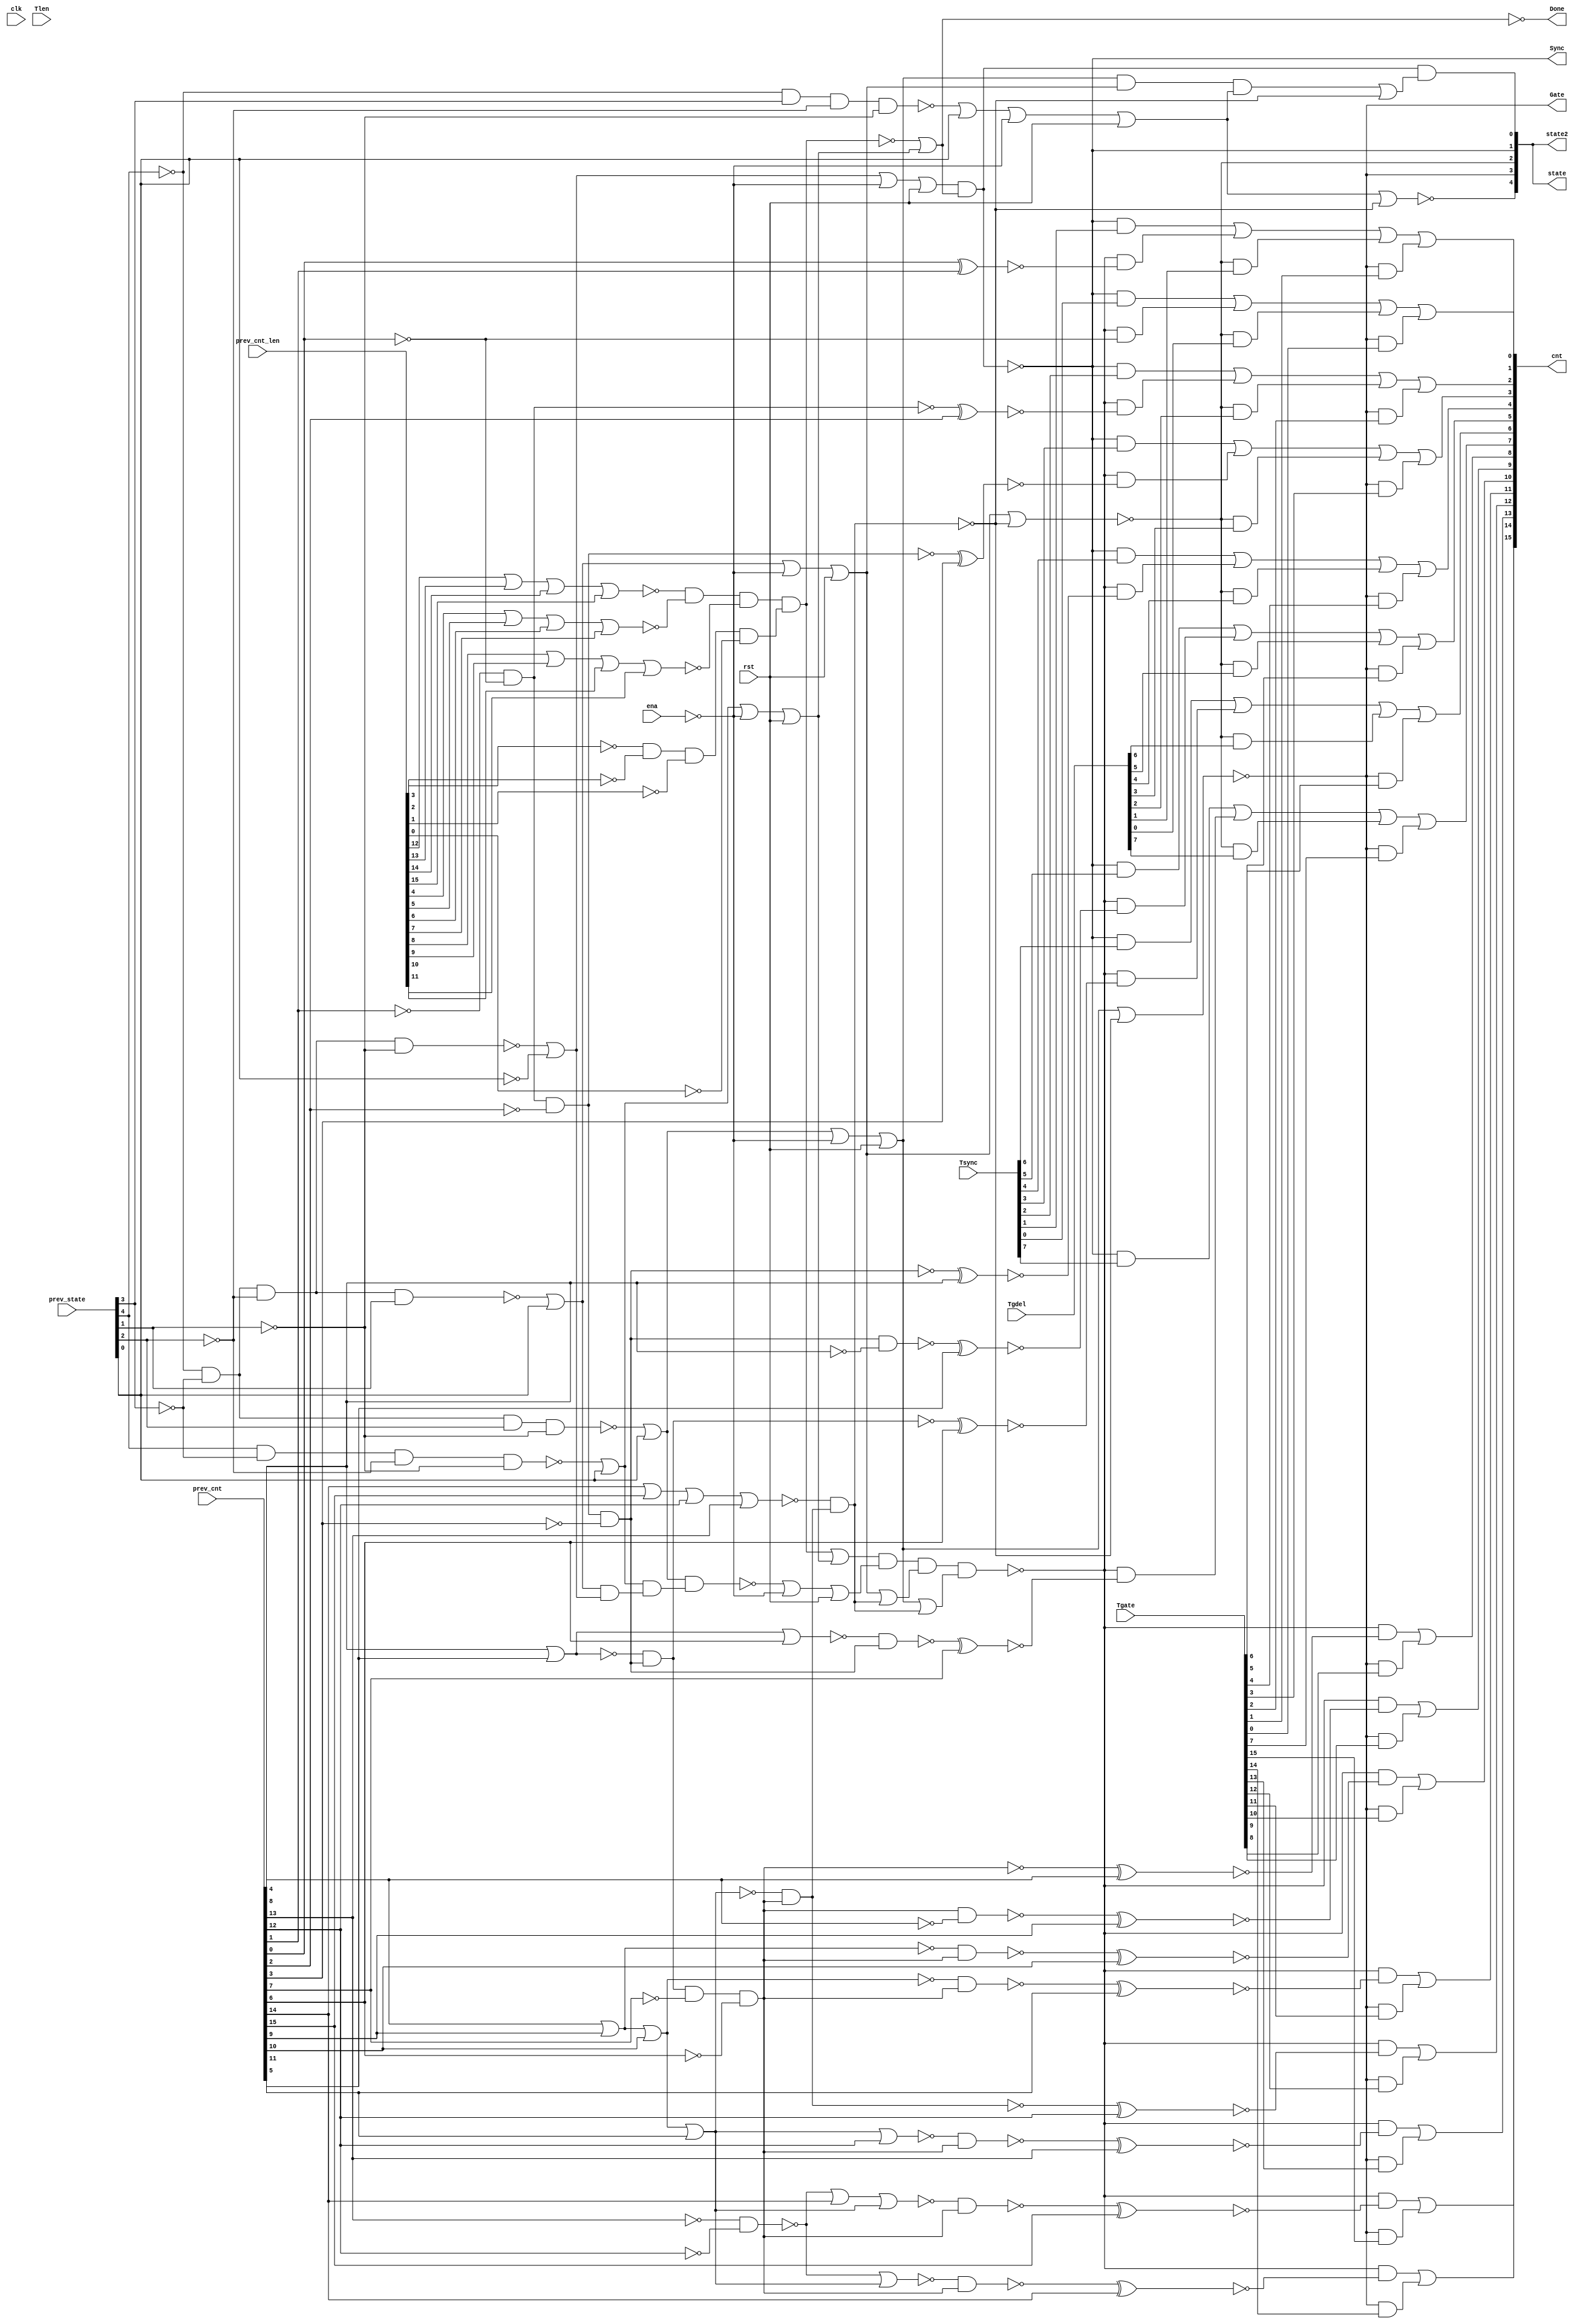
//
// Conformal-LEC: Version 11.10-d208 (10-Mar-2012) (64 bit executable)
//
module top(clk, ena, rst, Tsync, Tgdel, Tgate, Tlen, Sync, Gate, Done, 
    prev_state, prev_cnt, prev_cnt_len, cnt, state, state2);
input  clk, ena, rst;
output Sync, Gate, Done;
input   [7:0] Tsync;
input   [7:0] Tgdel;
input   [15:0] Tgate;
input   [15:0] Tlen;
input   [4:0] prev_state;
input   [15:0] prev_cnt;
input   [15:0] prev_cnt_len;
output  [15:0] cnt;
output  [4:0] state;
output  [4:0] state2;
wire  \mux_cnt_124_11_g723/w_0 , \mux_cnt_124_11_g723/w_1 , 
    \mux_cnt_124_11_g723/w_2 , \mux_cnt_124_11_g723/w_3 , 
    \mux_cnt_124_11_g723/w_4 , \mux_cnt_124_11_g727/w_0 , 
    \mux_cnt_124_11_g727/w_1 , \mux_cnt_124_11_g727/w_2 , 
    \mux_cnt_124_11_g727/w_3 , \mux_cnt_124_11_g727/w_4 , 
    \mux_cnt_124_11_g731/w_0 , \mux_cnt_124_11_g731/w_1 , 
    \mux_cnt_124_11_g731/w_2 , \mux_cnt_124_11_g731/w_3 , 
    \mux_cnt_124_11_g731/w_4 , \mux_cnt_124_11_g735/w_0 , 
    \mux_cnt_124_11_g735/w_1 , \mux_cnt_124_11_g735/w_2 , 
    \mux_cnt_124_11_g735/w_3 , \mux_cnt_124_11_g735/w_4 , 
    \mux_cnt_124_11_g739/w_0 , \mux_cnt_124_11_g739/w_1 , 
    \mux_cnt_124_11_g739/w_2 , \mux_cnt_124_11_g739/w_3 , 
    \mux_cnt_124_11_g739/w_4 , \mux_cnt_124_11_g743/w_0 , 
    \mux_cnt_124_11_g743/w_1 , \mux_cnt_124_11_g743/w_2 , 
    \mux_cnt_124_11_g743/w_3 , \mux_cnt_124_11_g743/w_4 , 
    \mux_cnt_124_11_g747/w_0 , \mux_cnt_124_11_g747/w_1 , 
    \mux_cnt_124_11_g747/w_2 , \mux_cnt_124_11_g747/w_3 , 
    \mux_cnt_124_11_g747/w_4 , \mux_cnt_124_11_g779/w_0 , 
    \mux_cnt_124_11_g779/w_1 , \mux_cnt_124_11_g779/w_2 , 
    \mux_cnt_124_11_g779/w_3 , \mux_cnt_124_11_g779/w_4 , 
    \mux_cnt_124_11_g719/w_0 , \mux_cnt_124_11_g719/w_1 , 
    \mux_cnt_124_11_g719/w_2 , \mux_cnt_124_11_g751/w_0 , 
    \mux_cnt_124_11_g751/w_1 , \mux_cnt_124_11_g751/w_2 , 
    \mux_cnt_124_11_g755/w_0 , \mux_cnt_124_11_g755/w_1 , 
    \mux_cnt_124_11_g755/w_2 , \mux_cnt_124_11_g759/w_0 , 
    \mux_cnt_124_11_g759/w_1 , \mux_cnt_124_11_g759/w_2 , 
    \mux_cnt_124_11_g763/w_0 , \mux_cnt_124_11_g763/w_1 , 
    \mux_cnt_124_11_g763/w_2 , \mux_cnt_124_11_g767/w_0 , 
    \mux_cnt_124_11_g767/w_1 , \mux_cnt_124_11_g767/w_2 , 
    \mux_cnt_124_11_g771/w_0 , \mux_cnt_124_11_g771/w_1 , 
    \mux_cnt_124_11_g771/w_2 , \mux_cnt_124_11_g775/w_0 , 
    \mux_cnt_124_11_g775/w_1 , \mux_cnt_124_11_g775/w_2 , sub_113_47_n_67, 
    sub_110_39_n_1551, sub_110_39_n_1053, sub_110_39_n_166, sub_110_39_n_159, 
    sub_110_39_n_151, sub_110_39_n_139, sub_110_39_n_119, sub_110_39_n_109, 
    sub_110_39_n_103, n_1550, n_1545, n_1400, n_1399, n_1398, n_1397, n_1396, 
    n_1395, n_1394, n_1393, n_1392, n_1391, n_1390, n_1389, n_1388, n_1387, 
    n_1386, n_1385, n_1384, n_1383, n_1382, n_1381, n_1380, n_1379, n_1378, 
    n_1377, n_1376, n_1375, n_1374, n_1373, n_1372, n_1371, n_1370, n_1369, 
    n_1368, n_1367, n_1366, n_1365, n_1364, n_1363, n_1362, n_1361, n_1359, 
    n_1357, n_1356, n_1355, n_1354, n_1353, n_1352, n_1351, n_1350, n_1349, 
    n_1348, n_1347, n_1346, n_1345, n_1344, n_1343, n_1342, n_1341, n_1340, 
    n_1339, n_1338, n_1337, n_1336, n_1335, n_1334, n_1333, n_1332, n_1331, 
    n_1330, n_1329, n_1328, n_1327, n_1326, n_1325, n_1324, n_1323, n_1322, 
    n_1321, n_1320, n_1319, n_1318, n_1295, n_1286, n_1282, n_1258, n_1193, 
    n_1183, n_1176, n_1170, n_1167, n_1103, n_1081, n_1080, n_1079, n_1046, 
    n_825, n_823, n_820, n_811, n_786, n_771, n_762, n_751, n_14, n_13, n_12, 
    n_11, Done, Gate, Sync, rst, ena, clk;
wire  \mux_cnt_124_11_g723/data0 , \mux_cnt_124_11_g727/data0 , 
    \mux_cnt_124_11_g731/data0 , \mux_cnt_124_11_g735/data0 , 
    \mux_cnt_124_11_g739/data0 , \mux_cnt_124_11_g743/data0 , 
    \mux_cnt_124_11_g747/data0 , \mux_cnt_124_11_g779/data0 , 
    \mux_cnt_124_11_g719/data0 , \mux_cnt_124_11_g751/data0 , 
    \mux_cnt_124_11_g755/data0 , \mux_cnt_124_11_g759/data0 , 
    \mux_cnt_124_11_g763/data0 , \mux_cnt_124_11_g767/data0 , 
    \mux_cnt_124_11_g771/data0 , \mux_cnt_124_11_g775/data0 ;
wire   [16:0] cnt_nxt;
wire   [4:0] state2;
wire   [4:0] state;
wire   [15:0] cnt;
wire   [4:0] prev_state;
wire   [15:0] prev_cnt_len;
wire   [15:0] prev_cnt;
wire   [15:0] Tlen;
wire   [15:0] Tgate;
wire   [7:0] Tgdel;
wire   [7:0] Tsync;
  assign \mux_cnt_124_11_g723/data0  = 1'b0;
  assign \mux_cnt_124_11_g727/data0  = 1'b0;
  assign \mux_cnt_124_11_g731/data0  = 1'b0;
  assign \mux_cnt_124_11_g735/data0  = 1'b0;
  assign \mux_cnt_124_11_g739/data0  = 1'b0;
  assign \mux_cnt_124_11_g743/data0  = 1'b0;
  assign \mux_cnt_124_11_g747/data0  = 1'b0;
  assign \mux_cnt_124_11_g779/data0  = 1'b0;
  assign \mux_cnt_124_11_g719/data0  = 1'b0;
  assign \mux_cnt_124_11_g751/data0  = 1'b0;
  assign \mux_cnt_124_11_g755/data0  = 1'b0;
  assign \mux_cnt_124_11_g759/data0  = 1'b0;
  assign \mux_cnt_124_11_g763/data0  = 1'b0;
  assign \mux_cnt_124_11_g767/data0  = 1'b0;
  assign \mux_cnt_124_11_g771/data0  = 1'b0;
  assign \mux_cnt_124_11_g775/data0  = 1'b0;
  or \mux_cnt_124_11_g723/org (cnt[6], \mux_cnt_124_11_g723/w_0 , 
    \mux_cnt_124_11_g723/w_1 , \mux_cnt_124_11_g723/w_2 , 
    \mux_cnt_124_11_g723/w_3 , \mux_cnt_124_11_g723/w_4 );
  and \mux_cnt_124_11_g723/a_4 (\mux_cnt_124_11_g723/w_4 , Gate, Tgate[6]);
  and \mux_cnt_124_11_g723/a_3 (\mux_cnt_124_11_g723/w_3 , state[2], Tgdel[6]);
  and \mux_cnt_124_11_g723/a_2 (\mux_cnt_124_11_g723/w_2 , n_825, cnt_nxt[6]);
  and \mux_cnt_124_11_g723/a_1 (\mux_cnt_124_11_g723/w_1 , Sync, Tsync[6]);
  and \mux_cnt_124_11_g723/a_0 (\mux_cnt_124_11_g723/w_0 , n_823, 
    \mux_cnt_124_11_g723/data0 );
  or \mux_cnt_124_11_g727/org (cnt[5], \mux_cnt_124_11_g727/w_0 , 
    \mux_cnt_124_11_g727/w_1 , \mux_cnt_124_11_g727/w_2 , 
    \mux_cnt_124_11_g727/w_3 , \mux_cnt_124_11_g727/w_4 );
  and \mux_cnt_124_11_g727/a_4 (\mux_cnt_124_11_g727/w_4 , Gate, Tgate[5]);
  and \mux_cnt_124_11_g727/a_3 (\mux_cnt_124_11_g727/w_3 , state[2], Tgdel[5]);
  and \mux_cnt_124_11_g727/a_2 (\mux_cnt_124_11_g727/w_2 , n_825, cnt_nxt[5]);
  and \mux_cnt_124_11_g727/a_1 (\mux_cnt_124_11_g727/w_1 , Sync, Tsync[5]);
  and \mux_cnt_124_11_g727/a_0 (\mux_cnt_124_11_g727/w_0 , n_823, 
    \mux_cnt_124_11_g727/data0 );
  or \mux_cnt_124_11_g731/org (cnt[4], \mux_cnt_124_11_g731/w_0 , 
    \mux_cnt_124_11_g731/w_1 , \mux_cnt_124_11_g731/w_2 , 
    \mux_cnt_124_11_g731/w_3 , \mux_cnt_124_11_g731/w_4 );
  and \mux_cnt_124_11_g731/a_4 (\mux_cnt_124_11_g731/w_4 , Gate, Tgate[4]);
  and \mux_cnt_124_11_g731/a_3 (\mux_cnt_124_11_g731/w_3 , state[2], Tgdel[4]);
  and \mux_cnt_124_11_g731/a_2 (\mux_cnt_124_11_g731/w_2 , n_825, cnt_nxt[4]);
  and \mux_cnt_124_11_g731/a_1 (\mux_cnt_124_11_g731/w_1 , Sync, Tsync[4]);
  and \mux_cnt_124_11_g731/a_0 (\mux_cnt_124_11_g731/w_0 , n_823, 
    \mux_cnt_124_11_g731/data0 );
  or \mux_cnt_124_11_g735/org (cnt[3], \mux_cnt_124_11_g735/w_0 , 
    \mux_cnt_124_11_g735/w_1 , \mux_cnt_124_11_g735/w_2 , 
    \mux_cnt_124_11_g735/w_3 , \mux_cnt_124_11_g735/w_4 );
  and \mux_cnt_124_11_g735/a_4 (\mux_cnt_124_11_g735/w_4 , Gate, Tgate[3]);
  and \mux_cnt_124_11_g735/a_3 (\mux_cnt_124_11_g735/w_3 , state[2], Tgdel[3]);
  and \mux_cnt_124_11_g735/a_2 (\mux_cnt_124_11_g735/w_2 , n_825, cnt_nxt[3]);
  and \mux_cnt_124_11_g735/a_1 (\mux_cnt_124_11_g735/w_1 , Sync, Tsync[3]);
  and \mux_cnt_124_11_g735/a_0 (\mux_cnt_124_11_g735/w_0 , n_823, 
    \mux_cnt_124_11_g735/data0 );
  or \mux_cnt_124_11_g739/org (cnt[2], \mux_cnt_124_11_g739/w_0 , 
    \mux_cnt_124_11_g739/w_1 , \mux_cnt_124_11_g739/w_2 , 
    \mux_cnt_124_11_g739/w_3 , \mux_cnt_124_11_g739/w_4 );
  and \mux_cnt_124_11_g739/a_4 (\mux_cnt_124_11_g739/w_4 , Gate, Tgate[2]);
  and \mux_cnt_124_11_g739/a_3 (\mux_cnt_124_11_g739/w_3 , state[2], Tgdel[2]);
  and \mux_cnt_124_11_g739/a_2 (\mux_cnt_124_11_g739/w_2 , n_825, cnt_nxt[2]);
  and \mux_cnt_124_11_g739/a_1 (\mux_cnt_124_11_g739/w_1 , Sync, Tsync[2]);
  and \mux_cnt_124_11_g739/a_0 (\mux_cnt_124_11_g739/w_0 , n_823, 
    \mux_cnt_124_11_g739/data0 );
  or \mux_cnt_124_11_g743/org (cnt[1], \mux_cnt_124_11_g743/w_0 , 
    \mux_cnt_124_11_g743/w_1 , \mux_cnt_124_11_g743/w_2 , 
    \mux_cnt_124_11_g743/w_3 , \mux_cnt_124_11_g743/w_4 );
  and \mux_cnt_124_11_g743/a_4 (\mux_cnt_124_11_g743/w_4 , Gate, Tgate[1]);
  and \mux_cnt_124_11_g743/a_3 (\mux_cnt_124_11_g743/w_3 , state[2], Tgdel[1]);
  and \mux_cnt_124_11_g743/a_2 (\mux_cnt_124_11_g743/w_2 , n_825, cnt_nxt[1]);
  and \mux_cnt_124_11_g743/a_1 (\mux_cnt_124_11_g743/w_1 , Sync, Tsync[1]);
  and \mux_cnt_124_11_g743/a_0 (\mux_cnt_124_11_g743/w_0 , n_823, 
    \mux_cnt_124_11_g743/data0 );
  or \mux_cnt_124_11_g747/org (cnt[0], \mux_cnt_124_11_g747/w_0 , 
    \mux_cnt_124_11_g747/w_1 , \mux_cnt_124_11_g747/w_2 , 
    \mux_cnt_124_11_g747/w_3 , \mux_cnt_124_11_g747/w_4 );
  and \mux_cnt_124_11_g747/a_4 (\mux_cnt_124_11_g747/w_4 , Gate, Tgate[0]);
  and \mux_cnt_124_11_g747/a_3 (\mux_cnt_124_11_g747/w_3 , state[2], Tgdel[0]);
  and \mux_cnt_124_11_g747/a_2 (\mux_cnt_124_11_g747/w_2 , n_825, n_1103);
  and \mux_cnt_124_11_g747/a_1 (\mux_cnt_124_11_g747/w_1 , Sync, Tsync[0]);
  and \mux_cnt_124_11_g747/a_0 (\mux_cnt_124_11_g747/w_0 , n_823, 
    \mux_cnt_124_11_g747/data0 );
  or \mux_cnt_124_11_g779/org (cnt[7], \mux_cnt_124_11_g779/w_0 , 
    \mux_cnt_124_11_g779/w_1 , \mux_cnt_124_11_g779/w_2 , 
    \mux_cnt_124_11_g779/w_3 , \mux_cnt_124_11_g779/w_4 );
  and \mux_cnt_124_11_g779/a_4 (\mux_cnt_124_11_g779/w_4 , Gate, Tgate[7]);
  and \mux_cnt_124_11_g779/a_3 (\mux_cnt_124_11_g779/w_3 , state[2], Tgdel[7]);
  and \mux_cnt_124_11_g779/a_2 (\mux_cnt_124_11_g779/w_2 , n_825, cnt_nxt[7]);
  and \mux_cnt_124_11_g779/a_1 (\mux_cnt_124_11_g779/w_1 , Sync, Tsync[7]);
  and \mux_cnt_124_11_g779/a_0 (\mux_cnt_124_11_g779/w_0 , n_823, 
    \mux_cnt_124_11_g779/data0 );
  or \mux_cnt_124_11_g719/org (cnt[15], \mux_cnt_124_11_g719/w_0 , 
    \mux_cnt_124_11_g719/w_1 , \mux_cnt_124_11_g719/w_2 );
  and \mux_cnt_124_11_g719/a_2 (\mux_cnt_124_11_g719/w_2 , Gate, Tgate[15]);
  and \mux_cnt_124_11_g719/a_1 (\mux_cnt_124_11_g719/w_1 , n_825, cnt_nxt[15]);
  and \mux_cnt_124_11_g719/a_0 (\mux_cnt_124_11_g719/w_0 , n_820, 
    \mux_cnt_124_11_g719/data0 );
  or \mux_cnt_124_11_g751/org (cnt[14], \mux_cnt_124_11_g751/w_0 , 
    \mux_cnt_124_11_g751/w_1 , \mux_cnt_124_11_g751/w_2 );
  and \mux_cnt_124_11_g751/a_2 (\mux_cnt_124_11_g751/w_2 , Gate, Tgate[14]);
  and \mux_cnt_124_11_g751/a_1 (\mux_cnt_124_11_g751/w_1 , n_825, cnt_nxt[14]);
  and \mux_cnt_124_11_g751/a_0 (\mux_cnt_124_11_g751/w_0 , n_820, 
    \mux_cnt_124_11_g751/data0 );
  or \mux_cnt_124_11_g755/org (cnt[13], \mux_cnt_124_11_g755/w_0 , 
    \mux_cnt_124_11_g755/w_1 , \mux_cnt_124_11_g755/w_2 );
  and \mux_cnt_124_11_g755/a_2 (\mux_cnt_124_11_g755/w_2 , Gate, Tgate[13]);
  and \mux_cnt_124_11_g755/a_1 (\mux_cnt_124_11_g755/w_1 , n_825, cnt_nxt[13]);
  and \mux_cnt_124_11_g755/a_0 (\mux_cnt_124_11_g755/w_0 , n_820, 
    \mux_cnt_124_11_g755/data0 );
  or \mux_cnt_124_11_g759/org (cnt[12], \mux_cnt_124_11_g759/w_0 , 
    \mux_cnt_124_11_g759/w_1 , \mux_cnt_124_11_g759/w_2 );
  and \mux_cnt_124_11_g759/a_2 (\mux_cnt_124_11_g759/w_2 , Gate, Tgate[12]);
  and \mux_cnt_124_11_g759/a_1 (\mux_cnt_124_11_g759/w_1 , n_825, cnt_nxt[12]);
  and \mux_cnt_124_11_g759/a_0 (\mux_cnt_124_11_g759/w_0 , n_820, 
    \mux_cnt_124_11_g759/data0 );
  or \mux_cnt_124_11_g763/org (cnt[11], \mux_cnt_124_11_g763/w_0 , 
    \mux_cnt_124_11_g763/w_1 , \mux_cnt_124_11_g763/w_2 );
  and \mux_cnt_124_11_g763/a_2 (\mux_cnt_124_11_g763/w_2 , Gate, Tgate[11]);
  and \mux_cnt_124_11_g763/a_1 (\mux_cnt_124_11_g763/w_1 , n_825, cnt_nxt[11]);
  and \mux_cnt_124_11_g763/a_0 (\mux_cnt_124_11_g763/w_0 , n_820, 
    \mux_cnt_124_11_g763/data0 );
  or \mux_cnt_124_11_g767/org (cnt[10], \mux_cnt_124_11_g767/w_0 , 
    \mux_cnt_124_11_g767/w_1 , \mux_cnt_124_11_g767/w_2 );
  and \mux_cnt_124_11_g767/a_2 (\mux_cnt_124_11_g767/w_2 , Gate, Tgate[10]);
  and \mux_cnt_124_11_g767/a_1 (\mux_cnt_124_11_g767/w_1 , n_825, cnt_nxt[10]);
  and \mux_cnt_124_11_g767/a_0 (\mux_cnt_124_11_g767/w_0 , n_820, 
    \mux_cnt_124_11_g767/data0 );
  or \mux_cnt_124_11_g771/org (cnt[9], \mux_cnt_124_11_g771/w_0 , 
    \mux_cnt_124_11_g771/w_1 , \mux_cnt_124_11_g771/w_2 );
  and \mux_cnt_124_11_g771/a_2 (\mux_cnt_124_11_g771/w_2 , Gate, Tgate[9]);
  and \mux_cnt_124_11_g771/a_1 (\mux_cnt_124_11_g771/w_1 , n_825, cnt_nxt[9]);
  and \mux_cnt_124_11_g771/a_0 (\mux_cnt_124_11_g771/w_0 , n_820, 
    \mux_cnt_124_11_g771/data0 );
  or \mux_cnt_124_11_g775/org (cnt[8], \mux_cnt_124_11_g775/w_0 , 
    \mux_cnt_124_11_g775/w_1 , \mux_cnt_124_11_g775/w_2 );
  and \mux_cnt_124_11_g775/a_2 (\mux_cnt_124_11_g775/w_2 , Gate, Tgate[8]);
  and \mux_cnt_124_11_g775/a_1 (\mux_cnt_124_11_g775/w_1 , n_825, cnt_nxt[8]);
  and \mux_cnt_124_11_g775/a_0 (\mux_cnt_124_11_g775/w_0 , n_820, 
    \mux_cnt_124_11_g775/data0 );
  assign state2[4] = state[4];
  assign state2[3] = Gate;
  assign state2[2] = state[2];
  assign state2[1] = Sync;
  assign state2[0] = state[0];
  assign state[3] = Gate;
  assign state[1] = Sync;
  nor sub_110_39_g111(sub_110_39_n_159, sub_110_39_n_1053, prev_cnt[14]);
  xnor sub_110_39_g167(cnt_nxt[1], prev_cnt[0], prev_cnt[1]);
  xnor sub_110_39_g169(cnt_nxt[2], sub_110_39_n_103, prev_cnt[2]);
  xnor sub_110_39_g172(cnt_nxt[3], n_1170, prev_cnt[3]);
  xnor sub_110_39_g174(cnt_nxt[4], sub_110_39_n_139, prev_cnt[4]);
  xnor sub_110_39_g177(cnt_nxt[5], n_1384, prev_cnt[5]);
  xnor sub_110_39_g179(cnt_nxt[6], n_1176, prev_cnt[6]);
  xnor sub_110_39_g182(cnt_nxt[7], n_1385, prev_cnt[7]);
  xnor sub_110_39_g184(cnt_nxt[8], sub_110_39_n_166, prev_cnt[8]);
  xnor sub_110_39_g187(cnt_nxt[9], n_1389, prev_cnt[9]);
  xnor sub_110_39_g189(cnt_nxt[10], n_1390, prev_cnt[10]);
  xnor sub_110_39_g192(cnt_nxt[11], n_1391, prev_cnt[11]);
  xnor sub_110_39_g195(cnt_nxt[12], n_1183, prev_cnt[12]);
  xnor sub_110_39_g198(cnt_nxt[13], n_1392, prev_cnt[13]);
  xnor sub_110_39_g200(cnt_nxt[14], n_1393, prev_cnt[14]);
  xnor sub_110_39_g203(cnt_nxt[15], n_1394, prev_cnt[15]);
  nor g24(n_13, n_1341, prev_state[0]);
  not g1128(state[0], n_1282);
  not g1181(n_1318, prev_cnt[4]);
  not g1182(n_1319, prev_cnt[8]);
  not g1186(n_1323, prev_cnt[13]);
  not g1187(n_1324, prev_cnt[12]);
  nand g1201(sub_110_39_n_1053, n_1323, n_1324);
  not g1202(n_1338, sub_110_39_n_159);
  not g1203(n_1339, sub_110_39_n_109);
  nand g1205(n_1341, n_1333, prev_state[3], n_1331, n_1330);
  not g1206(n_1342, n_13);
  not g1225(n_1355, sub_110_39_n_151);
  nor g1251(n_751, n_1342, n_1322, rst);
  not g1252(n_1369, n_751);
  nand g1253(n_1370, n_1353, n_1364, n_1369);
  not g1254(n_1371, n_1370);
  nor g1255(n_1372, n_1371, sub_110_39_n_1551);
  not g1256(n_1373, n_1372);
  nand g1257(n_1282, n_1286, n_1373);
  nor g1258(state[4], n_1369, sub_110_39_n_1551);
  nor g1259(n_1374, n_1339, prev_cnt[6]);
  nor g1263(n_1377, n_1355, prev_cnt[12]);
  nor g1264(n_1378, sub_110_39_n_1053, n_1355);
  nor g1265(n_1379, n_1338, n_1355);
  nand g1270(n_1384, n_1545, n_1318);
  nand g1271(n_1385, n_1374, n_1545);
  nand g1275(n_1389, n_1550, n_1319);
  nand g1276(n_1390, sub_110_39_n_119, n_1550);
  nand g1277(n_1391, n_1167, n_1550);
  nand g1278(n_1392, n_1377, n_1550);
  nand g1279(n_1393, n_1378, n_1550);
  nand g1280(n_1394, n_1379, n_1550);
  nor g799(n_1046, ena, rst);
  not g1241(n_1363, n_1046);
  not g1196(n_1333, prev_state[4]);
  not g1195(n_1332, prev_state[3]);
  not g1194(n_1331, prev_state[2]);
  not g1193(n_1330, prev_state[1]);
  nand g1245(n_1365, n_1333, n_1332, n_1331, n_1330);
  not g1183(n_1320, prev_state[0]);
  nor g1246(n_1295, n_1365, n_1320);
  not g1247(n_1366, n_1295);
  not g1185(n_1322, ena);
  nor g1248(n_1367, n_1366, n_1322, rst);
  not g1249(n_1368, n_1367);
  nor g839(n_1081, prev_cnt_len[12], prev_cnt_len[13], prev_cnt_len[14], 
    prev_cnt_len[15]);
  nor g840(n_1080, prev_cnt_len[4], prev_cnt_len[5], prev_cnt_len[6], 
    prev_cnt_len[7]);
  nor g841(n_1079, prev_cnt_len[8], prev_cnt_len[9], prev_cnt_len[10], 
    prev_cnt_len[11]);
  not g1192(n_1329, prev_cnt_len[3]);
  not g1191(n_1328, prev_cnt_len[2]);
  not g1190(n_1327, prev_cnt_len[1]);
  not g1189(n_1326, prev_cnt_len[0]);
  nand g1213(n_1349, n_1329, n_1328, n_1327, n_1326);
  not g1214(n_1350, n_1349);
  nand g1215(sub_113_47_n_67, n_1081, n_1080, n_1079, n_1350);
  nand g1211(n_1347, prev_state[4], n_1332, n_1331, n_1330);
  nor g31(n_14, n_1347, prev_state[0]);
  not g1212(n_1348, n_14);
  nor g1217(n_786, n_1348, n_1322, rst);
  not g1218(n_1352, n_786);
  nor g1219(Done, sub_113_47_n_67, n_1352);
  not g712(n_811, Done);
  nand g1250(Sync, n_1368, n_811);
  not g1127(n_1286, Sync);
  nand g1209(n_1345, n_1333, n_1332, n_1331, prev_state[1]);
  nor g20(n_11, n_1345, prev_state[0]);
  not g1210(n_1346, n_11);
  nor g1242(n_771, n_1346, n_1322, rst);
  not g1243(n_1364, n_771);
  nor g834(n_1193, prev_cnt[14], prev_cnt[15], prev_cnt[12], prev_cnt[13]);
  nor sub_110_39_g70(sub_110_39_n_119, prev_cnt[8], prev_cnt[9]);
  not g1204(n_1340, sub_110_39_n_119);
  nor g1222(n_1167, n_1340, prev_cnt[10]);
  not g1223(n_1354, n_1167);
  nor g1224(sub_110_39_n_151, n_1354, prev_cnt[11]);
  nor sub_110_39_g62(sub_110_39_n_109, prev_cnt[4], prev_cnt[5]);
  not g1188(n_1325, prev_cnt[1]);
  not g862(n_1103, prev_cnt[0]);
  nand g1226(sub_110_39_n_103, n_1325, n_1103);
  not g1227(n_1356, sub_110_39_n_103);
  not g1198(n_1335, prev_cnt[2]);
  nand g1228(n_1170, n_1356, n_1335);
  not g1229(n_1357, n_1170);
  not g1199(n_1336, prev_cnt[3]);
  nand g1230(sub_110_39_n_139, n_1357, n_1336);
  not g1231(n_1545, sub_110_39_n_139);
  nand g1232(n_1176, sub_110_39_n_109, n_1545);
  not g1233(n_1359, n_1176);
  not g1200(n_1337, prev_cnt[7]);
  not g1197(n_1334, prev_cnt[6]);
  nand g1234(sub_110_39_n_166, n_1359, n_1337, n_1334);
  not g1235(n_1550, sub_110_39_n_166);
  nand g1236(n_1183, sub_110_39_n_151, n_1550);
  not g1237(n_1361, n_1183);
  nand g1238(sub_110_39_n_1551, n_1193, n_1361);
  nor g1244(state[2], n_1364, sub_110_39_n_1551);
  not g1087(n_1258, state[2]);
  nand g1285(n_1399, n_1363, n_1286, n_1258);
  not g1286(n_1400, n_1399);
  not g1184(n_1321, rst);
  nand g1288(n_820, n_1400, n_1321);
  not g1216(n_1351, sub_113_47_n_67);
  nor g1266(n_1380, n_1351, n_1352);
  not g1267(n_1381, n_1380);
  nand g1207(n_1343, n_1333, n_1332, prev_state[2], n_1330);
  nor g22(n_12, n_1343, prev_state[0]);
  not g1208(n_1344, n_12);
  nand g1261(n_1375, n_1346, n_1366);
  not g1262(n_1376, n_1375);
  nand g1268(n_1382, n_1348, n_1376);
  not g1269(n_1383, n_1382);
  nand g1272(n_1386, n_1344, n_1383);
  nor g1273(n_1387, n_1386, n_1322, rst);
  not g1274(n_1388, n_1387);
  not g1239(n_1362, sub_110_39_n_1551);
  nor g1281(n_1395, n_1364, n_1362);
  not g1282(n_1396, n_1395);
  nor g1220(n_762, n_1344, n_1322, rst);
  not g1221(n_1353, n_762);
  nor g1283(n_1397, n_1353, n_1362);
  not g1284(n_1398, n_1397);
  nand g1287(n_825, n_1381, n_1388, n_1396, n_1398);
  nor g1240(Gate, n_1353, sub_110_39_n_1551);
  nand g1260(n_823, n_1363, n_1321);
endmodule